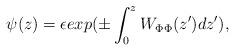
LaTeX: \begin{align*}\psi(z) = \epsilon exp(\pm\int_0^z W_{\Phi\Phi}(z')dz'),\end{align*}